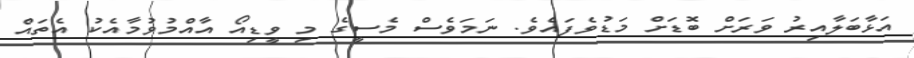
އަޅާބަލާއިރު ވަރަށް ބޮޑަށް މަޑުވެފައެވެ. ނަމަވެސް މެސީގެ މި ވީޑިއޯ އާއްމުވުމާއެކު އެތައް